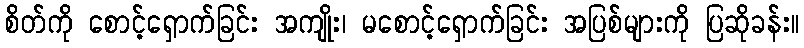
စိတ်ကို စောင့်ရှောက်ခြင်း အကျိုး၊ မစောင့်ရှောက်ခြင်း အပြစ်များကို ပြဆိုခန်း။